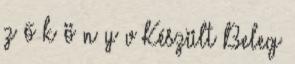
z ő k ö n y v Készült Beleg